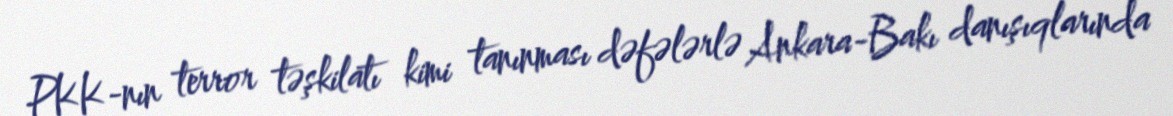
PKK-nın terror təşkilatı kimi tanınması dəfələrlə Ankara-Bakı danışıqlarında